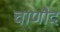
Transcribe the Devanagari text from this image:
चाणौद